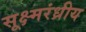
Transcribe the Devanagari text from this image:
सूक्ष्मरंध्रीय